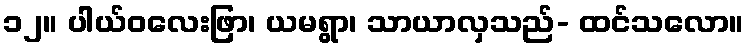
၁၂။ ပါယ်ဝလေးဖြာ၊ ယမရွာ၊ သာယာလှသည်- ထင်သလော။